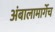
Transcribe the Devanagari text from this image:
अंबालामार्गेच